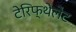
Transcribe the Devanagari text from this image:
टेरिफ्थेलेट